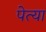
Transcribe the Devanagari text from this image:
पेत्या